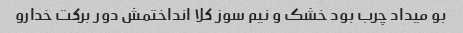
بو میداد چرب بود خشک و نیم سوز کلا انداختمش دور برکت خدارو